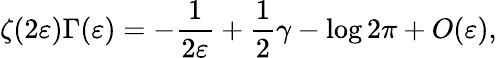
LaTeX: \zeta(2\varepsilon)\Gamma(\varepsilon)=-\frac 1{2\varepsilon}+\frac 12\gamma-\log 2\pi+O(\varepsilon),